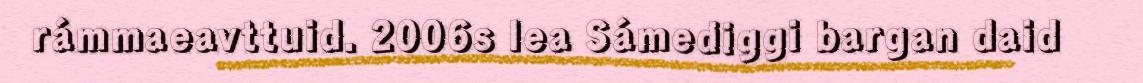
rámmaeavttuid. 2006s lea Sámediggi bargan daid